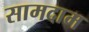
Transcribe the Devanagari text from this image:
सामदाम